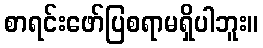
စာရင်းဖော်ပြစရာမရှိပါဘူး။